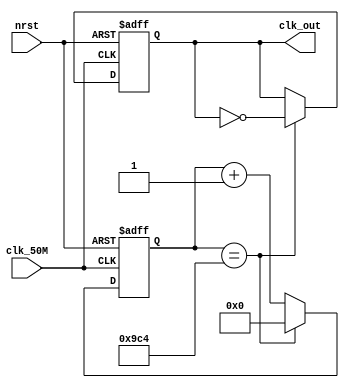
module clk_div #(
    parameter NUM_DIV = 5000
) 
(
    input   clk_50M,
    input   nrst,
    output  clk_out
);

    reg [15:0]  cnt;
    reg         clk_out_reg;

    assign clk_out = clk_out_reg;
    
    always @(posedge clk_50M or negedge nrst) begin
        if (!nrst) begin
            cnt <= 16'd0;
            clk_out_reg <= 1'd0;
        end
        else begin
            if (cnt == NUM_DIV / 2) begin
                cnt <= 16'd0;
                clk_out_reg <= ~clk_out_reg;
            end
            else begin
                cnt <= cnt + 16'd1;
                clk_out_reg <= clk_out_reg;
            end
        end

    end
    
endmodule